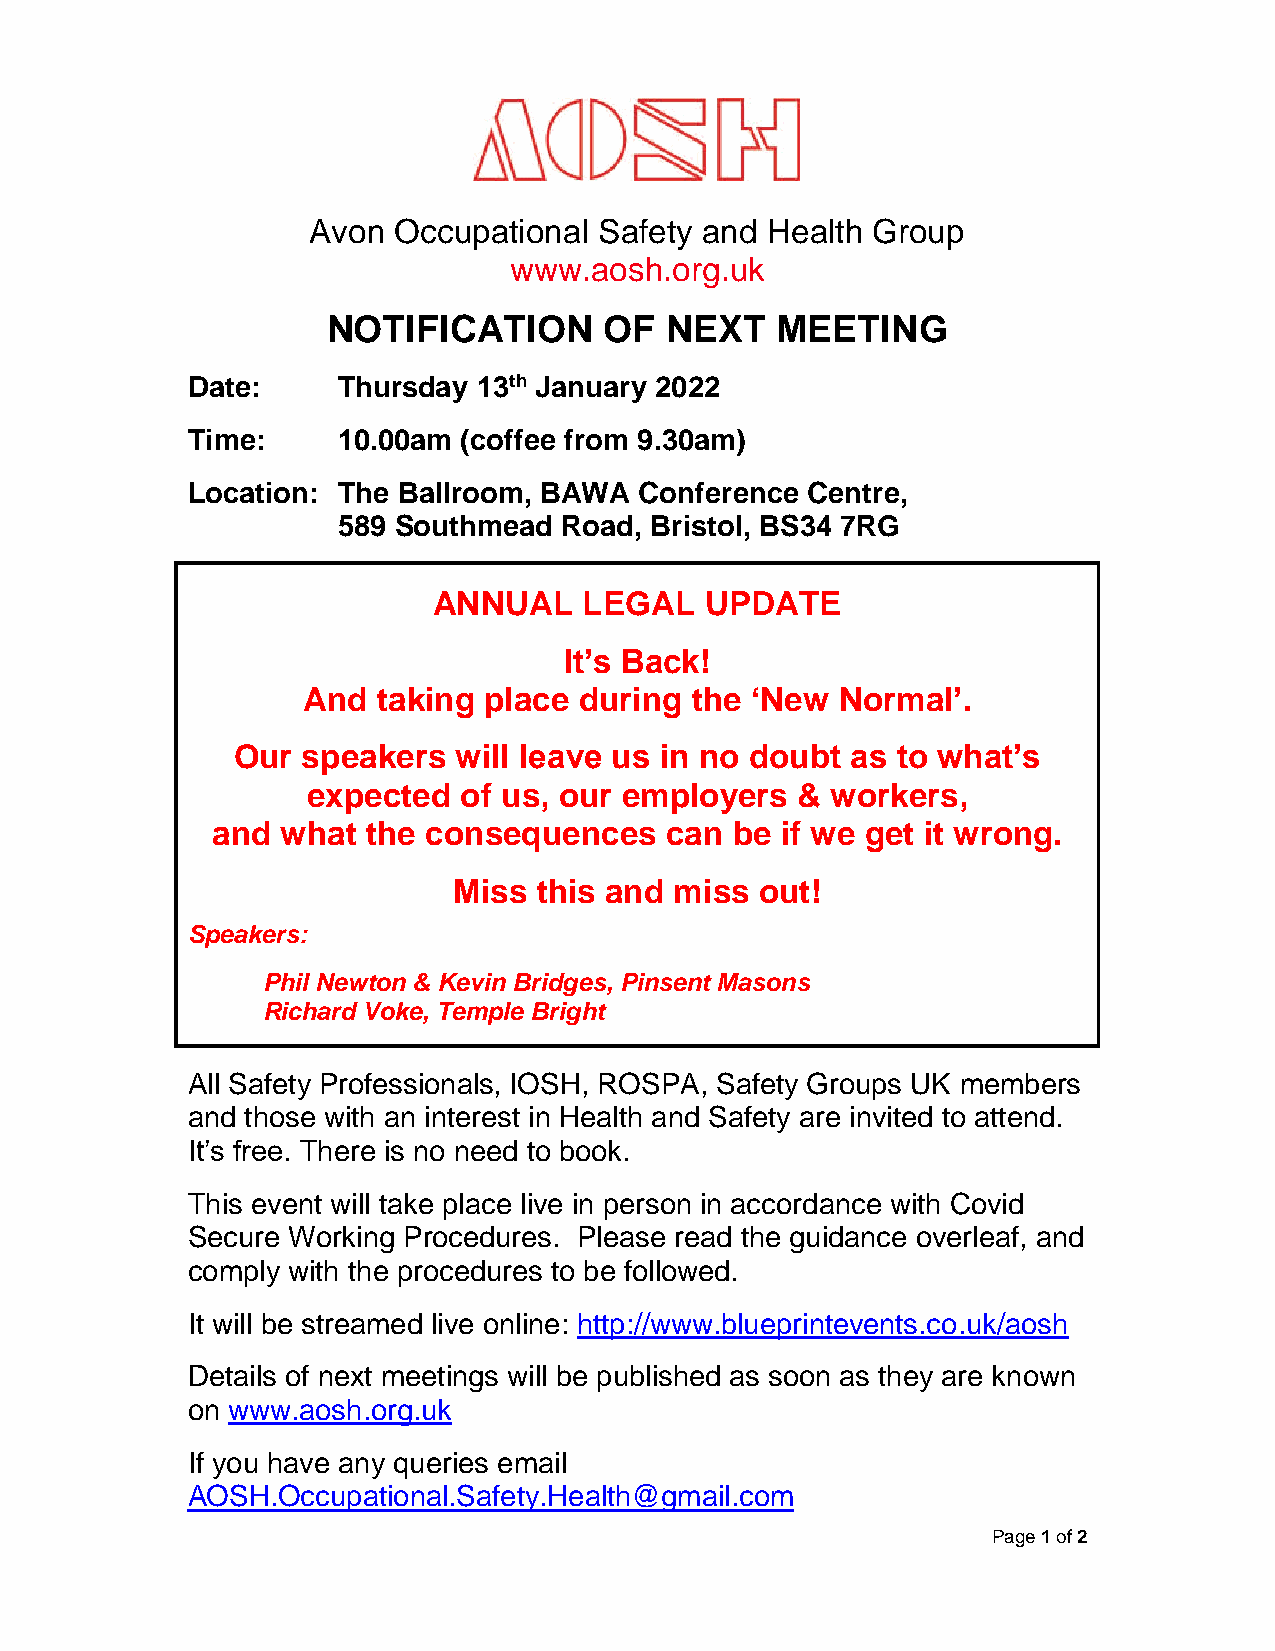
Avon  Occupational  Safety and Health Group
 www.aosh.org.uk
 NOTIFICATION      OF  NEXT   MEETING
 Date:     Thursday  13th January 2022
 Time:     10.00am  (coffee from 9.30am)
 Location: The Ballroom, BAWA  Conference Centre,
 589 Southmead  Road, Bristol, BS34 7RG
 ANNUAL    LEGAL   UPDATE
 It’s Back!
 And  taking place during  the ‘New  Normal’.
 Our  speakers  will leave us in no doubt as to what’s
 expected  of us, our employers   & workers,
 and  what the consequences    can  be if we get it wrong.
 Miss  this and miss out!
 Speakers:
 Phil Newton & Kevin Bridges, Pinsent Masons
 Richard Voke, Temple Bright
 All Safety Professionals, IOSH, ROSPA, Safety Groups UK members
 and those with an interest in Health and Safety are invited to attend.
 It’s free. There is no need to book.
 This event will take place live in person in accordance with Covid
 Secure Working Procedures. Please read the guidance overleaf, and
 comply with the procedures to be followed.
 It will be streamed live online: http://www.blueprintevents.co.uk/aosh
 Details of next meetings will be published as soon as they are known
 on www.aosh.org.uk
 If you have any queries email
 AOSH.Occupational.Safety.Health@gmail.com
 Page 1 of 2